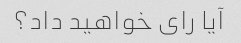
آیا رای خواهید داد؟